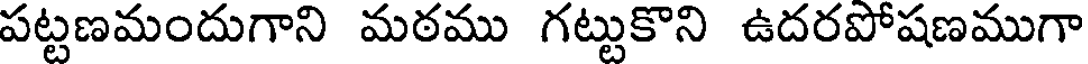
పట్టణమందుగాని మఠము గట్టుకొని ఉదరపోషణముగా